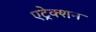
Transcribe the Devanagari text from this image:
एट्रेक्शन